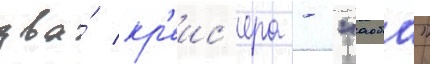
два́ кр'еис'ера - "аоба"